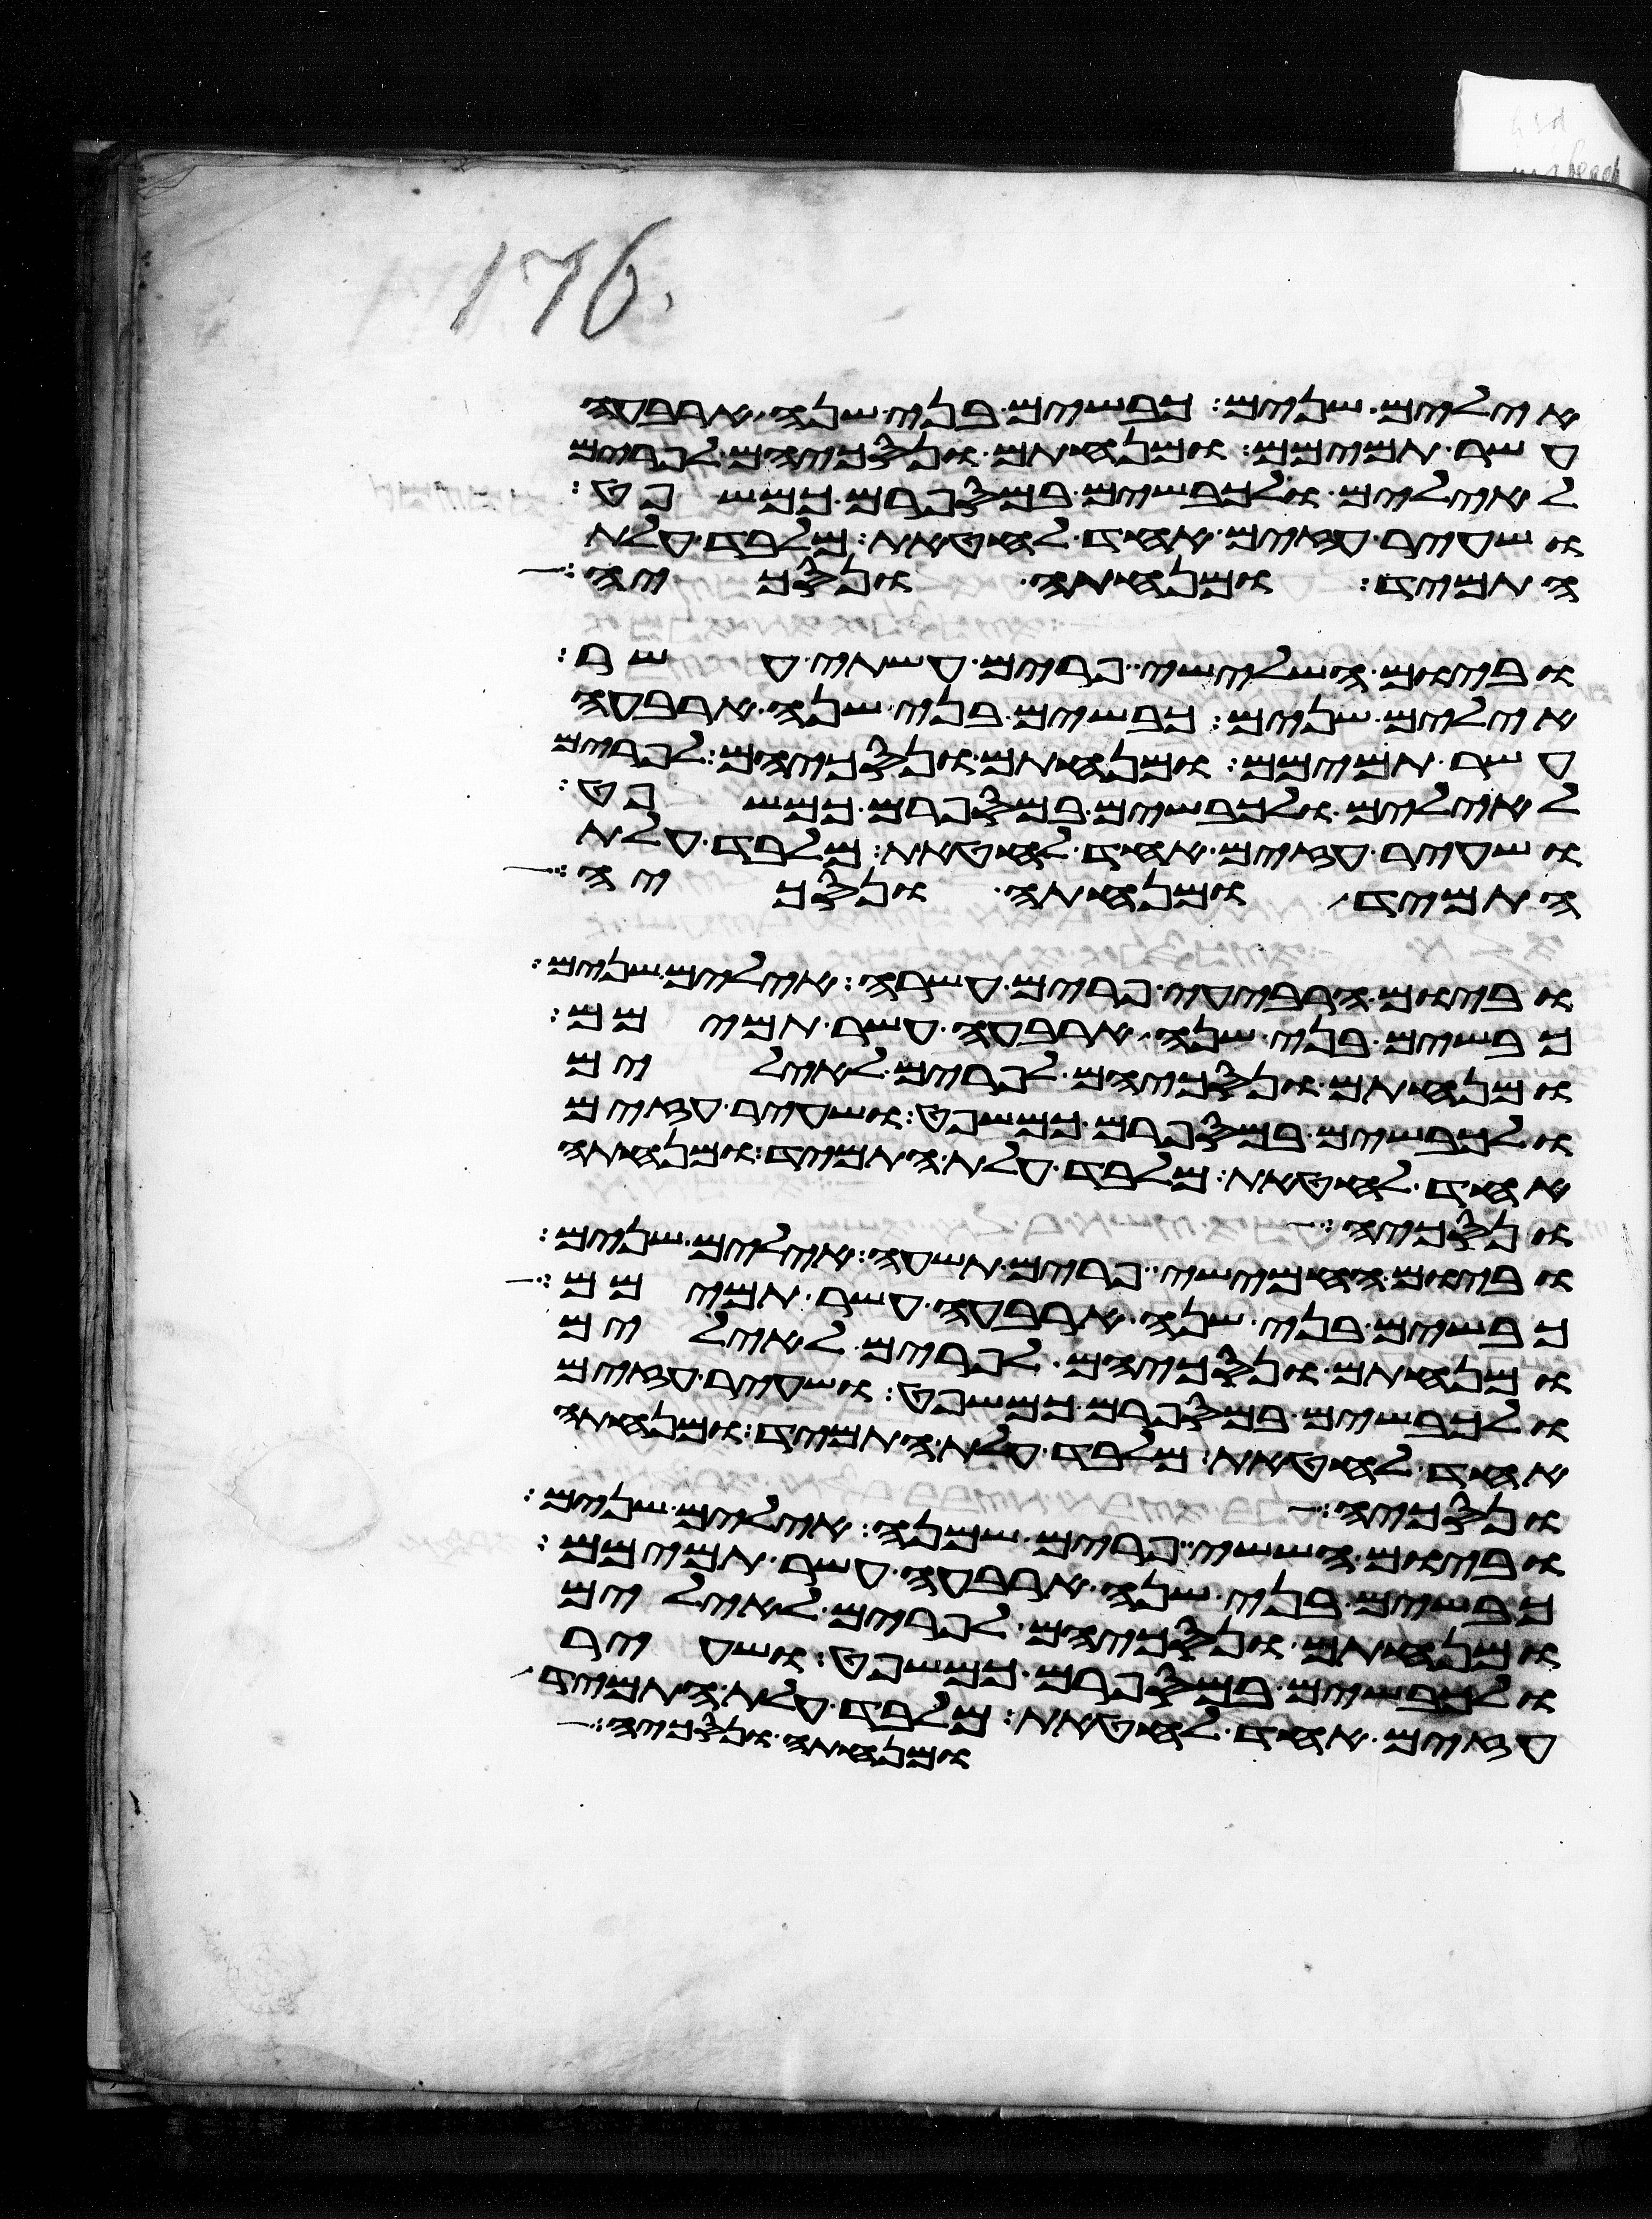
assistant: אילים שנים כבשים בני שנה ארבעה
עשר תמימם ומנחתם ונסכיהם לפרים
לאילים ולכבשים במספרם כמשפט
ושעיר עזים אחד לחטאת מלבד עלת
התמיד ומנחתה ונסכיה אלה
וביום השלישי פרים עשתה עשר
אילים שנים כבשים בני שנה ארבעה
עשר תמימם ומנחתם ונסכיהם לפרים
לאילים ולכבשים במספרם כמשפט
ושעיר עזים אחד לחטאת מלבד עלת
התמיד ומנחתה ונסכיה
וביום הרביעי פרים עשרה אילים שנים
כבשים בני שנה ארבעה עשר תמימם
ומנחתם ונסכיהם לפרים לאילים
ולכבשים במספרם כמשפט ושעיר עזים
אחד לחטאת מלבד עלת התמיד ומנחתה
ונסכיה
וביום החמישי פרים תשעה אילים שנים
כבשים בני שנה ארבעה עשר תמימם
ומנחתם ונסכיהם לפרים לאילים
ולכבשים במספרם כמשפט ושעיר עזים
אחד לחטאת מלבד עלת התמיד ומנחתה
ונסכיה
וביום הששי פרים שמנה אילים שנים
כבשים בני שנה ארבעה עשר תמימם
ומנחתם ונסכיהם לפרים לאילים
ולכבשים במספרם כמשפט ושעיר
עזים אחד לחטאת מלבד עלת התמיד
ומנחתה ונסכיה